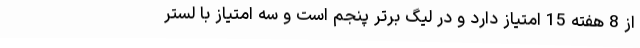
از 8 هفته 15 امتیاز دارد و در لیگ برتر پنجم است و سه امتیاز با لستر